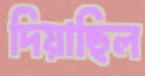
দিয়াছিল